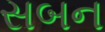
સબન